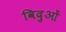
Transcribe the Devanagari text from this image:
विदुओं